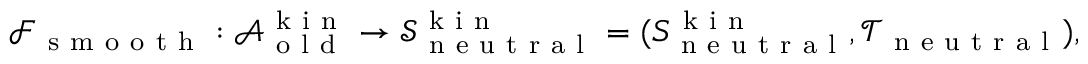
\begin{array} { r } { \mathcal { F } _ { \mathrm { ~ s ~ m ~ o ~ o ~ t ~ h ~ } } : \mathcal { A } _ { \mathrm { ~ o ~ l ~ d ~ } } ^ { \mathrm { ~ k ~ i ~ n ~ } } \to \mathcal { S } _ { \mathrm { ~ n ~ e ~ u ~ t ~ r ~ a ~ l ~ } } ^ { \mathrm { ~ k ~ i ~ n ~ } } = ( S _ { \mathrm { ~ n ~ e ~ u ~ t ~ r ~ a ~ l ~ } } ^ { \mathrm { ~ k ~ i ~ n ~ } } , \mathcal { T } _ { \mathrm { ~ n ~ e ~ u ~ t ~ r ~ a ~ l ~ } } ) , } \end{array}